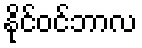
နိုင်ဝင်ဘာလ